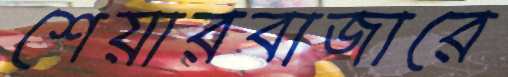
শেয়ারবাজারে